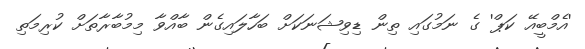
'އެމްބީއޭ ކަޕް' ގެ ނަމުގައި ތިން ޑިވިޝަނަކަށް ބަހާލައިގެން ބާއްވާ މިމުބާރާތަށް ކުރިމަތި